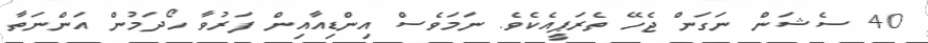
40 ސެޝަން ނަގަން ޖެހޭ ތެރަޕީއެކެވެ. ނަމަވެސް އިންޑިއާއިން ފަރުވާ ހޯދަމުން އަންނަތާ